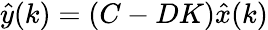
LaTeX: {\hat{y}}(k)=\left(C-DK\right){\hat{x}}(k)